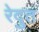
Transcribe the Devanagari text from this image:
रेदुत